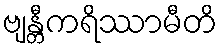
ဗျန္တီကရိဿာမီတိ